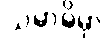
သမာဓိမှာ